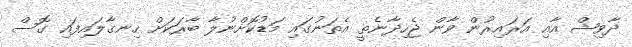
ދާވިޝް އާއި އަރައިރުން ވާން ޖެހިދާނެތީ އެތަނުގައި މަޑުކޮށްނުލާ ބާރަކަށް ހިނގާލައިފައި ގޮސް